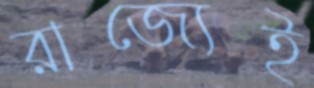
রাজ্যেই